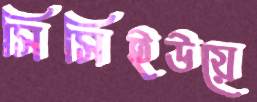
সিসিইউয়ে